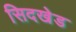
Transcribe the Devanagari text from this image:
सिदखेड